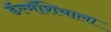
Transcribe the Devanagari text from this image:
डॅल्मॅशियाला